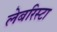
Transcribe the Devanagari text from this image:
लेबरिस्टा